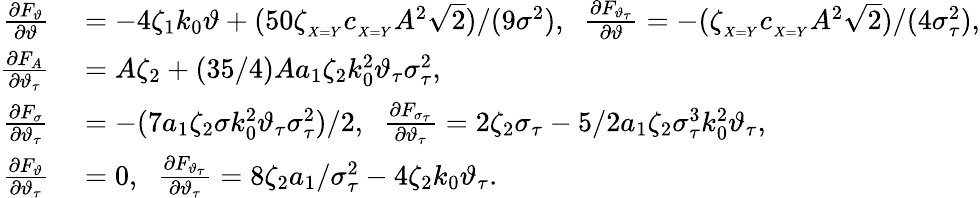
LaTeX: \begin{array}{rl}{\frac{\partial F_{\vartheta}}{\partial\vartheta}}&{{}=-4\zeta_{1}k_{0}\vartheta+(50\zeta_{_{X=Y}}c_{_{X=Y}}A^{2}\sqrt{2})/(9\sigma^{2}),\; \; \frac{\partial F_{\vartheta_{\tau}}}{\partial\vartheta}=-(\zeta_{_{X=Y}}c_{_{X=Y}}A^{2}\sqrt{2})/(4\sigma_{\tau}^{2}),}\\ {\frac{\partial F_{A}}{\partial\vartheta_{\tau}}}&{{}=A\zeta_{2}+(35/4)Aa_{1}\zeta_{2}k_{0}^{2}\vartheta_{\tau}\sigma_{\tau}^{2},}\\ {\frac{\partial F_{\sigma}}{\partial\vartheta_{\tau}}}&{{}=-(7a_{1}\zeta_{2}\sigma k_{0}^{2}\vartheta_{\tau}\sigma_{\tau}^{2})/2,\; \; \frac{\partial F_{\sigma_{\tau}}}{\partial\vartheta_{\tau}}=2\zeta_{2}\sigma_{\tau}-5/2a_{1}\zeta_{2}\sigma_{\tau}^{3}k_{0}^{2}\vartheta_{\tau},}\\ {\frac{\partial F_{\vartheta}}{\partial\vartheta_{\tau}}}&{{}=0,\; \; \frac{\partial F_{\vartheta_{\tau}}}{\partial\vartheta_{\tau}}=8\zeta_{2}a_{1}/\sigma_{\tau}^{2}-4\zeta_{2}k_{0}\vartheta_{\tau}.}\end{array}